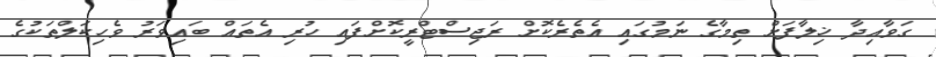
ގަވާއިދާ ޚިލާފަށް ތިމާގެ ނަމުގައި އެތެރެކޮށް ރަޖިސްޓްރީކޮށްފައި ހުރި އެތައް ބައިވަރު ވެހިކަލްތަކުގެ